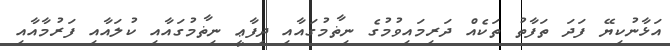
އަޅާނުކިޔޭ ފަދަ ތަފާތު ތަކެއް ދަރިމައިވުމުގެ ނިޡާމުގައާއި ދިފާޢީ ނިޡާމުގައާއި ކުލައާއި ފަރުމާއާއި